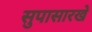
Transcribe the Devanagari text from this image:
सुपासारखे